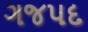
ગજપદ